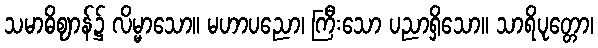
သမာဓိဈာန်၌ လိမ္မာသော။ မဟာပညော၊ ကြီးသော ပညာရှိသော။ သာရိပုတ္တော၊